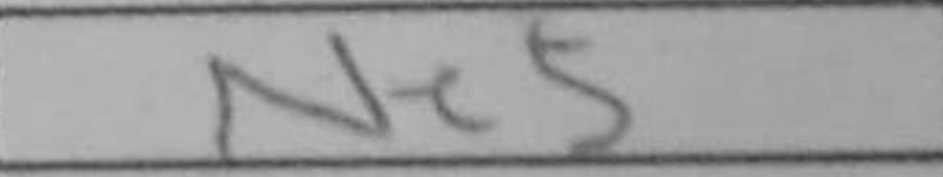
Transcription: Ne5